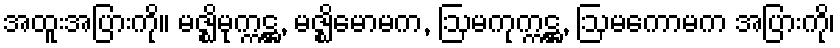
အထူးအပြားကို။ မဇ္ဈိမုက္ကဋ္ဌ, မဇ္ဈိမောမက, ဩမကုက္ကဋ္ဌ, ဩမကောမက အပြားကို၊